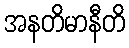
အနတိမာနီတိ